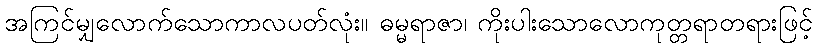
အကြင်မျှလောက်သောကာလပတ်လုံး။ ဓမ္မရာဇာ၊ ကိုးပါးသောလောကုတ္တရာတရားဖြင့်